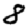
Digit: 8